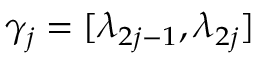
\gamma _ { j } = [ \lambda _ { 2 j - 1 } , \lambda _ { 2 j } ]